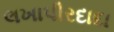
લખાપીરદાદા